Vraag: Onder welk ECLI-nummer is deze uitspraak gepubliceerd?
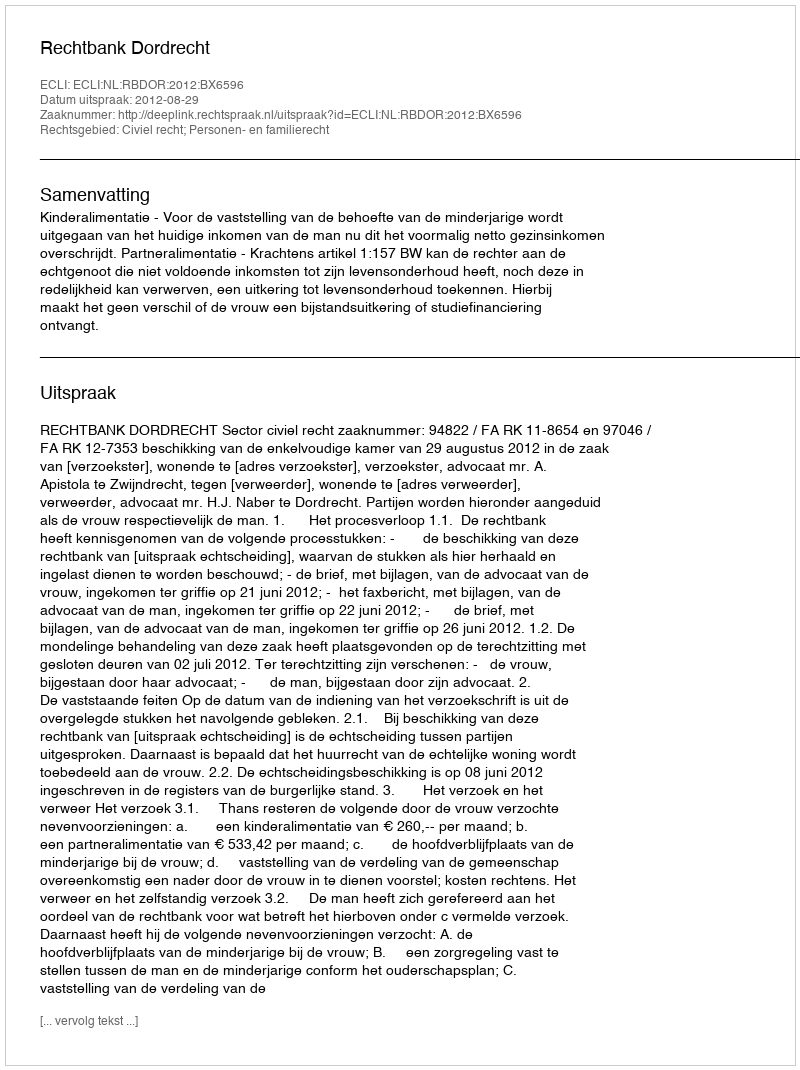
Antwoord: ECLI:NL:RBDOR:2012:BX6596